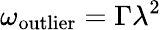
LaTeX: \omega_{\mathrm{outlier}}=\Gamma\lambda^{2}